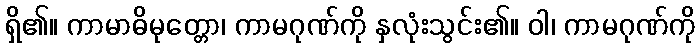
ရှိ၏။ ကာမာဓိမုတ္တော၊ ကာမဂုဏ်ကို နှလုံးသွင်း၏။ ဝါ၊ ကာမဂုဏ်ကို